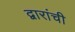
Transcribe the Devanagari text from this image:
द्वारांची